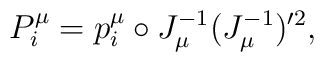
P_i^\mu = p_i^\mu \circ J_\mu^{-1} (J_\mu^{-1})'^2,